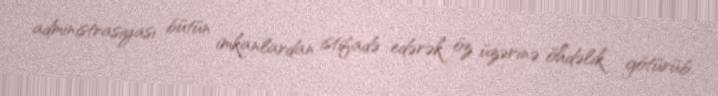
administrasiyası bütün imkanlardan istifadə edərək öz üzərinə öhdəlik götürüb.